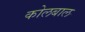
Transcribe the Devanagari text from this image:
कोलबाल